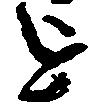
を